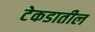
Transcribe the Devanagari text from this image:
टेकडातील